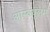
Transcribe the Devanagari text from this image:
आस्क्युलम